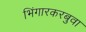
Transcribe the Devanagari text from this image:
भिंगारकरबुवा